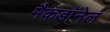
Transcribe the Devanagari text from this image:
मैकडाॅनेल